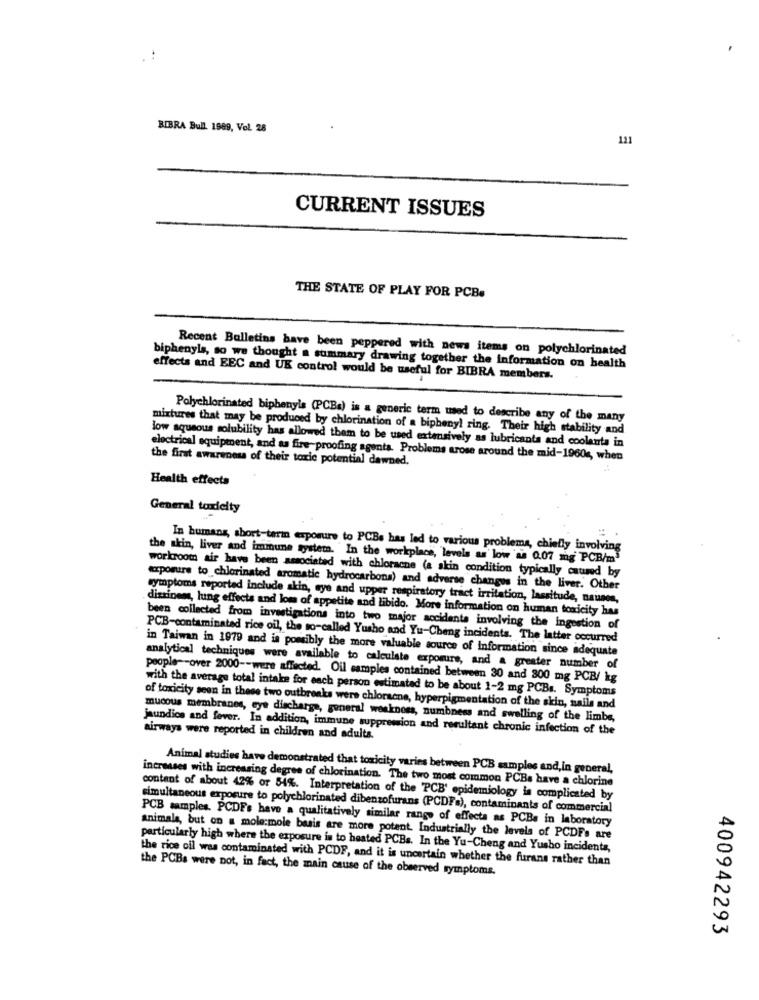
BIBRA Bull. 1989, Vol. 28
121
CURRENT ISSUES
THE STATE OF PLAY FOR PCB.
Recent Bulletins have been peppered with news items on polychlorinated
biphenyls, so we thought a summary drawing together the Information on health
effects and EEC and UK control would be useful for BIBRA members.
Polychlorinated biphenyls (PCBs) is a generic term used to describe any of the many
mixtures that may be produced by chlorination of a biphenyl ring. Their high stability and
low aqueous solubility has allowed them to be used extensively as lubricants and coolants in
electrical equipment, and as fire-proofing agenta. Problems arose around the mid-1960s, when
the first awareness of their toxic potential dawned.
Health effects
General toxicity
In humans, short-term exposure to PCBs has led to various problems, chiefly involving
the skin, liver and immune system. "In the workplace, levels as low as 0.07 mg PCB/m"
workroom air have been associated with chloracne (a skin condition typically caused by
exposure to chlorinated aromatic hydrocarbona) and adverse changes in the liver. Other
symptoms reported include skin, eye and upper respiratory tract irritation, lassitude, naunes,
dizziness, lung effects and lom of appetite and libido. More information on human toxicity has
been collected from investigations into two major accidenta involving the ingestion of
PCB-contaminated rice oil, the so-called Yusho and Yu-Cheng incidents. The latter occurred
in Taiwan in 1979 and is possibly the more valuable source of Information since adequate
analytical techniques were available to calculate exposure, and a greater number of
people -- over 2000 -- were affected. Oil samples contained between 30 and 300 mg PCB/ kg
with the average total intake for each person estimated to be about 1-2 mg PCBs. Symptoms
of toxicity seen in these two outbreaks were chloracne, hyperpigmentation of the skin, nails and
mucous membranes, eye discharge, general weakness, numbness and swelling of the limbe,
jaundice and fever. In addition, immune suppression and resultant chronic infection of the
airways were reported in children and adults.
Animal studies have demonstrated that toxicity varies between PCB samples and,in general,
increases with increasing degree of chlorination. The two most common PCBs have a chlorine
content of about 42% or 54%. Interpretation of the PCB' epidemiology is complicated by
simultaneous exposure to polychlorinated dibenzofurans (PCDFs), contaminants of commercial
PCB samples. PCDFs have a qualitatively similar range of effecta as PCBs in laboratory
animals, but on a mole:mole basis are more potent. Industrially the levels of PCDFs are
particularly high where the exposure is to heated PCBs. In the Yu-Cheng and Yusho incidents,
the rice oil was contaminated with PCDF, and it is uncertain whether the furans rather than
the PCBs were not, in fact, the main cause of the observed symptoms.
400942293